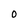
Character: O